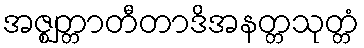
အဇ္ဈတ္တာတီတာဒိအနတ္တသုတ္တံ